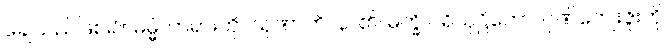
ချေသည်ဖြစ်၍။ ဓမ္မံ၊ တရားကို။ သုဏာတိ၊ နာ၏။ မက္ခိ ပရိယုဋ္ဌိတော၊ ဂုဏ်ကျေးဇူးကို